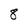
Character: 8